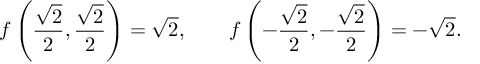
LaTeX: f \left( { \frac { \sqrt { 2 } } { 2 } } , { \frac { \sqrt { 2 } } { 2 } } \right) = { \sqrt { 2 } } , \qquad f \left( - { \frac { \sqrt { 2 } } { 2 } } , - { \frac { \sqrt { 2 } } { 2 } } \right) = - { \sqrt { 2 } } .